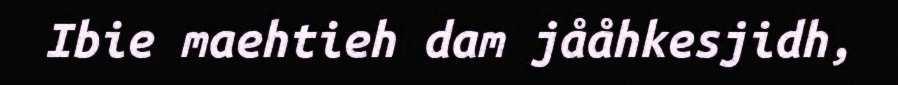
Ibie maehtieh dam jååhkesjidh,